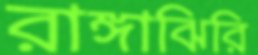
রাঙ্গাঝিরি